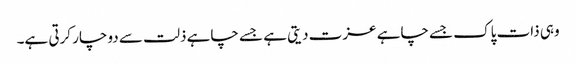
وہی ذات پاک جسے چاہے عزت دیتی ہے جسے چاہے ذلت سے دوچار کرتی ہے۔